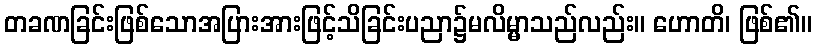
တခဏခြင်းဖြစ်သောအပြားအားဖြင့်သိခြင်းပညာ၌မလိမ္မာသည်လည်း။ ဟောတိ၊ ဖြစ်၏။